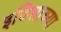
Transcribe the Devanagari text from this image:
इजिप्ताच्या